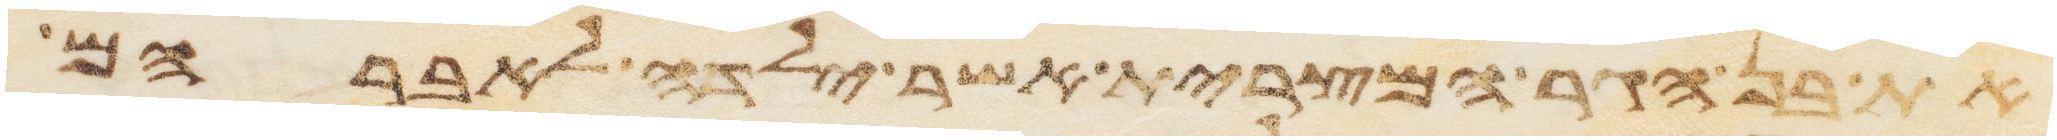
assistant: את בן הגר המצרית אשר ילדה לאברהם